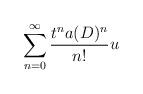
LaTeX: \begin{align*}\sum_{n=0}^{\infty}\frac{t^{n}a(D)^{n}}{n!}u\end{align*}